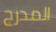
المدرج